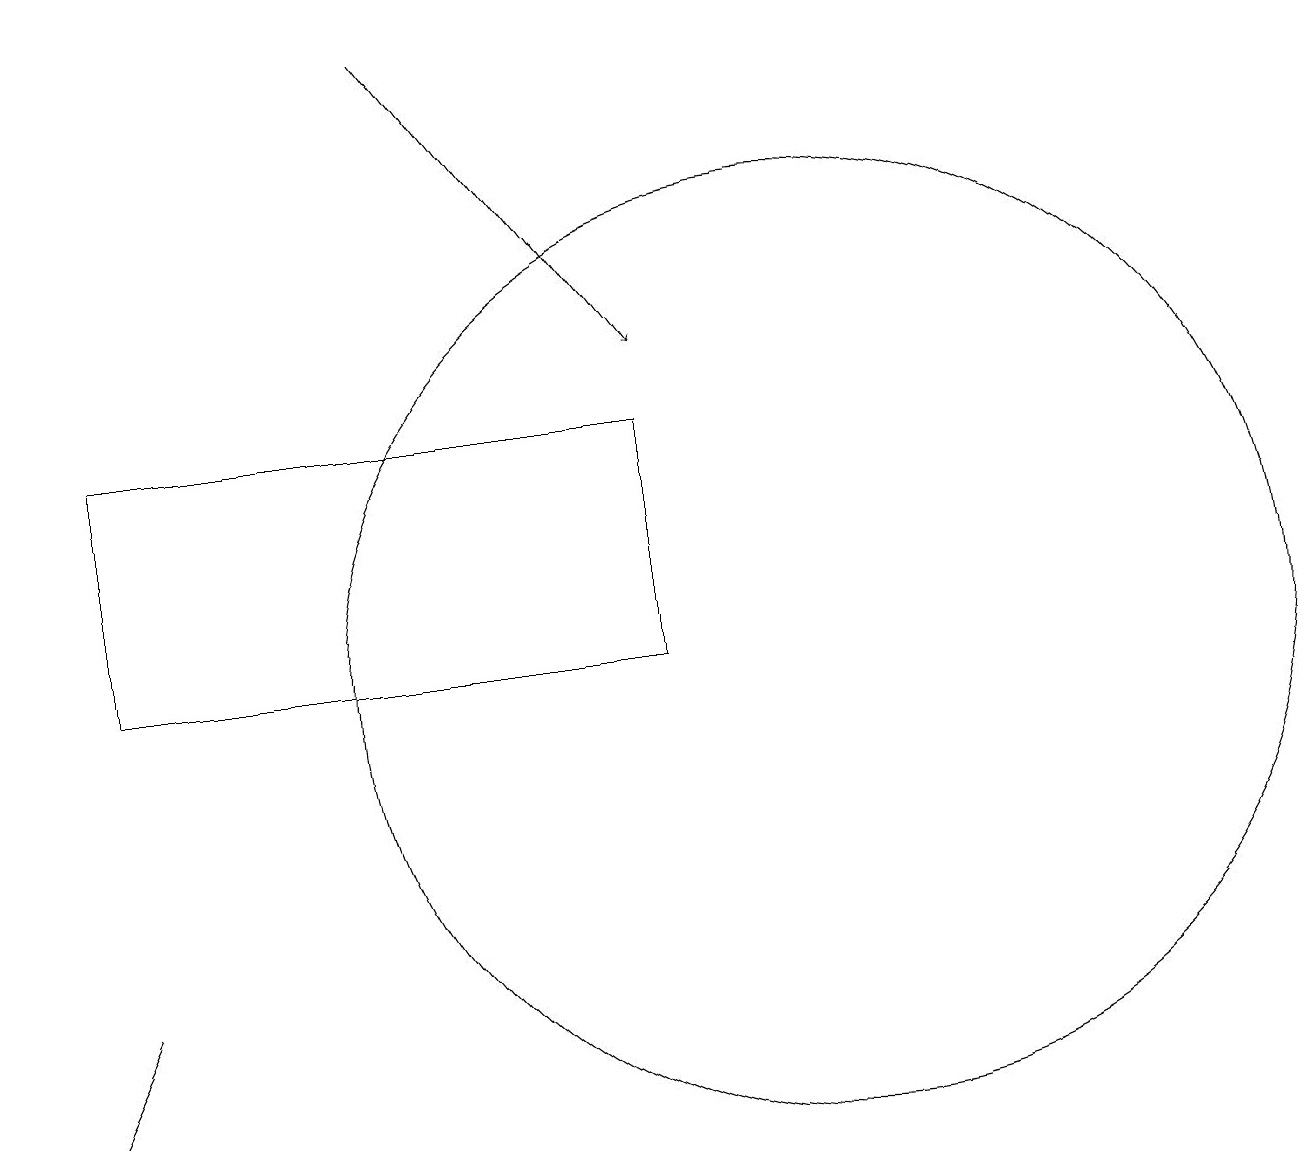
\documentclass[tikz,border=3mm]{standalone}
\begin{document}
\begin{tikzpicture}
\draw[->] (5,19) -- (8,15);
\draw (1,11) rectangle (7,11);
\draw (0,5) -- (1,7) -- (1,7) -- cycle;
\draw (1,14) rectangle (8,11);
\draw (10,11) circle (6);
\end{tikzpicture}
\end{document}